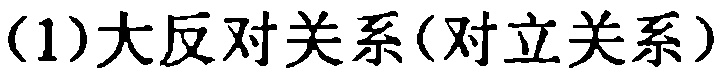
(1)大反对关系(对立关系)